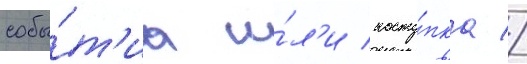
собы́т'иа и́л'и посту́пка //